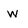
Character: W